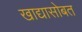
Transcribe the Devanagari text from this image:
खाद्यासोबत